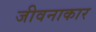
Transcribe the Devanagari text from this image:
जीवनाकार